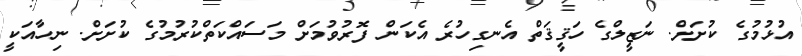
އުޅުމުގެ ކުށަށް. ނަޒީލްގެ ހަޤީޤަތް އެނގިހުރެ އެކަން ފޮރުވުމަށް މަސައްކަތްކުރުމުގެ ކުށަށް. ނިހާއަކީ